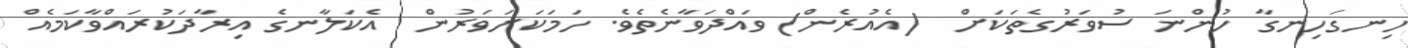
ހިނގަހިނގާ ހުންނަ ސުވަރުގެތަކަށް  (އެއުރެން) ވައްދަވާނެތެވެ. ހަމަކަށަވަރުން  އެކަލާނގެ އިރާދަކުރައްވާކަމެއް